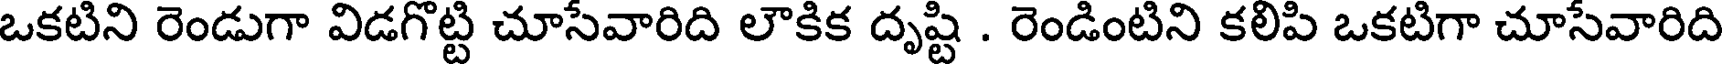
ఒకటిని రెండుగా విడగొట్టి చూసేవారిది లౌకిక దృష్టి . రెండింటిని కలిపి ఒకటిగా చూసేవారిది